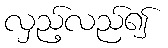
လှည့်လည်၍